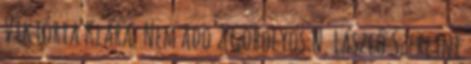
Viktória Klára: Nem ado 2 Göbölyös N. László Szeretni